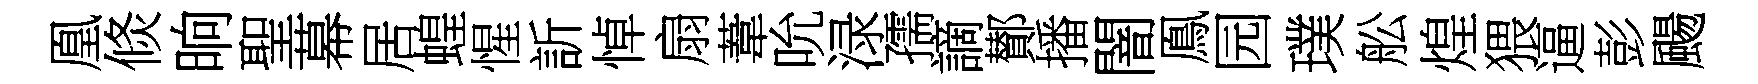
凰倐晌聖幕居蝗惺訢悼扇葦吮渌孺謫鄼播闇鳯园璞舩煌猥逼彭颺